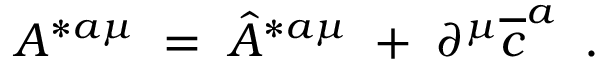
A ^ { * a \mu } \; = \; \hat { A } ^ { * a \mu } \; + \; \partial ^ { \mu } \overline { { { c } } } ^ { a } \; \; .